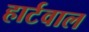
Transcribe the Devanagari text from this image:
हार्टवाल